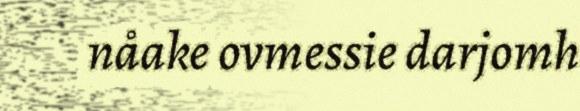
nåake ovmessie darjomh